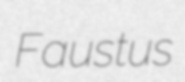
Faustus